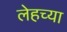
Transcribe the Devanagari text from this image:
लेहच्या